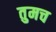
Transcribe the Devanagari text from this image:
तुमच